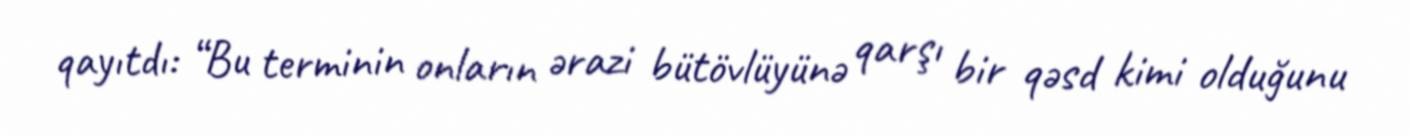
qayıtdı: “Bu terminin onların ərazi bütövlüyünə qarşı bir qəsd kimi olduğunu